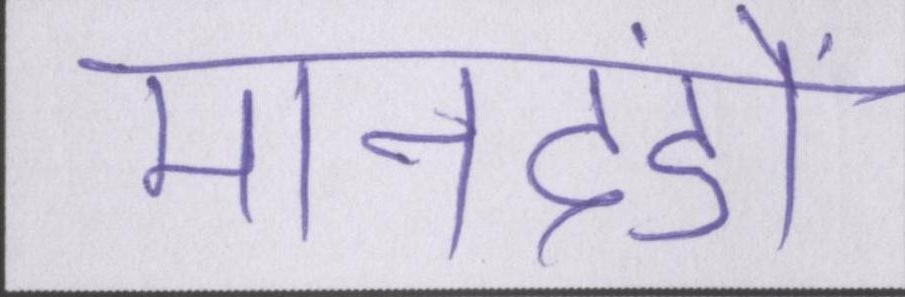
मानदंडों